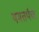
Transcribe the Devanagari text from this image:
यमतर्पण